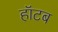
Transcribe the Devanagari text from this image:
हॉटब